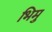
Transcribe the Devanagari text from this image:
भिमु